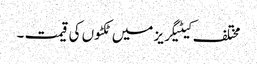
مختلف کیٹیگریز میں ٹکٹوں کی قیمت ۔